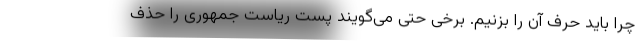
چرا باید حرف آن را بزنیم. برخی حتی می‌گویند پست ریاست جمهوری را حذف